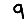
Digit: 9